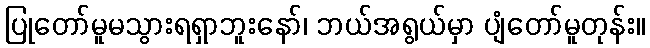
ပြုတော်မူမသွားရရှာဘူးနော်၊ ဘယ်အရွယ်မှာ ပျံတော်မူတုန်း။